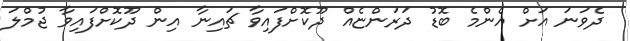
ދެވަނަ އަށް އެންމެ ބޮޑު ދަރަންޏެއް ދޫކޮށްފައިވާ ޗައިނާ އިން ދޫކޮށްފައިވާ ޖުމްލަ